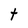
Character: t